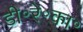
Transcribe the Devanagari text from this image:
डी॰रे॰का॰